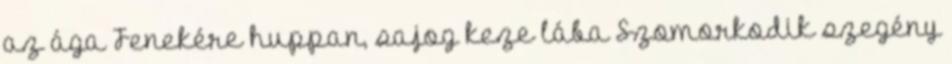
az ága Fenekére huppan, sajog keze lába Szomorkodik szegény